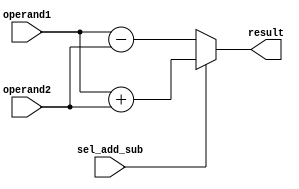
module floating_point_adder_subtractor (
    input [63:0] operand1,
    input [63:0] operand2,
    input  sel_add_sub,  // Select whether to add or subtract
    output [63:0] result
);

always @(operand1, operand2, sel_add_sub)
begin
    if (sel_add_sub)
        result = operand1 + operand2;
    else
        result = operand1 - operand2;
end

endmodule